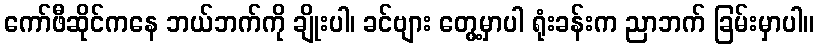
ကော်ဖီဆိုင်ကနေ ဘယ်ဘက်ကို ချိုးပါ၊ ခင်ဗျား တွေ့မှာပါ ရုံးခန်းက ညာဘက် ခြမ်းမှာပါ။